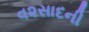
વ૨સાદની